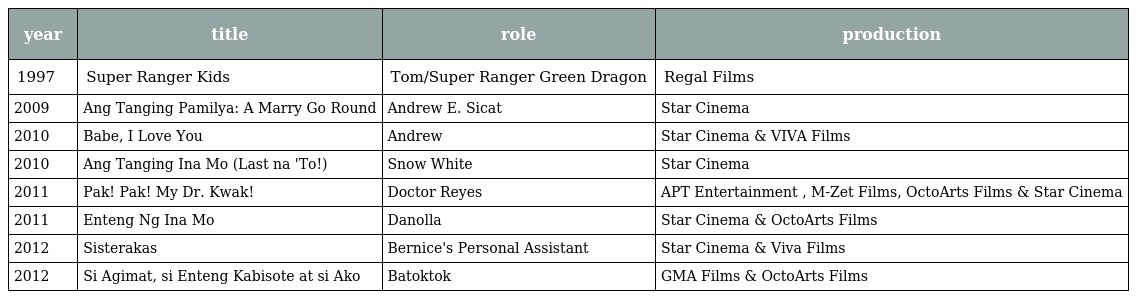
| year | title | role | production |
 | --- | --- | --- | --- |
 | 1997 | Super Ranger Kids | Tom/Super Ranger Green Dragon | Regal Films |
 | 2009 | Ang Tanging Pamilya: A Marry Go Round | Andrew E. Sicat | Star Cinema |
 | 2010 | Babe, I Love You | Andrew | Star Cinema & VIVA Films |
 | 2010 | Ang Tanging Ina Mo (Last na 'To!) | Snow White | Star Cinema |
 | 2011 | Pak! Pak! My Dr. Kwak! | Doctor Reyes | APT Entertainment , M-Zet Films, OctoArts Films & Star Cinema |
 | 2011 | Enteng Ng Ina Mo | Danolla | Star Cinema & OctoArts Films |
 | 2012 | Sisterakas | Bernice's Personal Assistant | Star Cinema & Viva Films |
 | 2012 | Si Agimat, si Enteng Kabisote at si Ako | Batoktok | GMA Films & OctoArts Films |